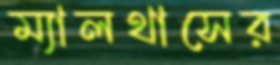
ম্যালথাসের